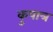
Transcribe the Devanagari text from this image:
कुपात्र